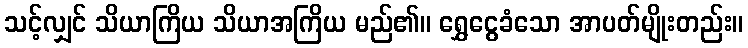
သင့်လျှင် သိယာကြိယ သိယာအကြိယ မည်၏။ ရွှေငွေခံသော အာပတ်မျိုးတည်း။